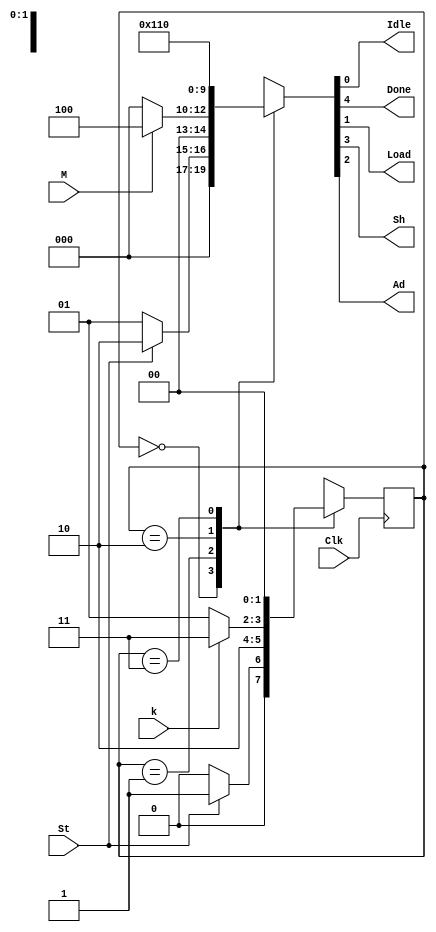
module Control_MUL (
	input St, Clk, k,  M,
	output Idle, Done, Load, Sh, Ad
);

	reg      [4:0] out;
	reg		[1:0] state = 1'b0;
	
	assign Idle = out[0];
	assign Load = out[1];
	assign Ad   = out[2];
	assign Sh   = out[3];
	assign Done = out[4];
	
	parameter S0 = 0, S1 = 1, S2 = 2, S3 = 3;

	always @ (state or M or St) 
	begin
		case (state)
			S0:
				if(St)
					out = 5'b00010;
				else
					out = 5'b00001;
			S1:
				if(M)
					out = 5'b00100;
				else 
					out = 5'b00000;
			S2:
					out = 5'b01000;
			S3:
					out = 5'b10000;
			default:
				   out = 5'b00001;
		endcase
	end

	always @ (posedge Clk) 
	begin
			case (state)
				S0:
					if(St) 
						state <= S1;
					else 
						state <= S0;
				S1:	
						state <= S2;
				S2:
					if (k)
						state <= S3;
					else
						state <= S1;
				S3:
						state <= S0;

			endcase
	end
endmodule